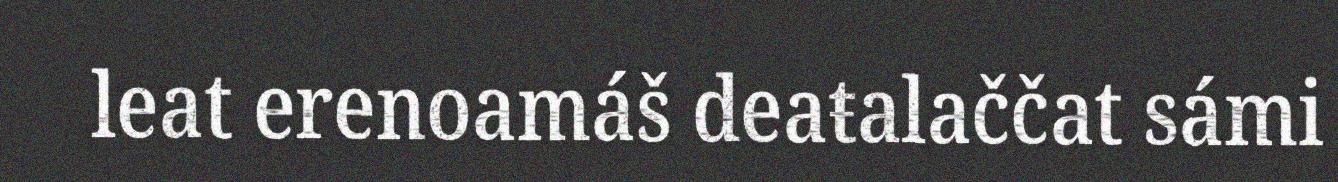
leat erenoamáš deaŧalaččat sámi